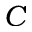
C